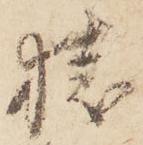
猿